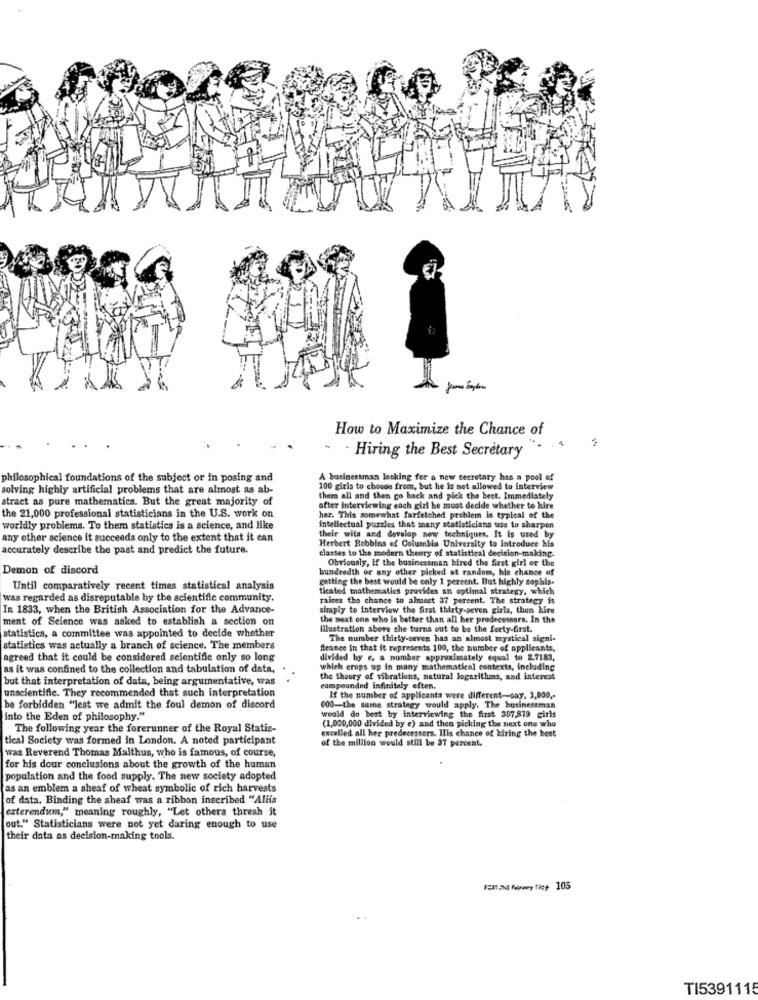
How to Maximize the Chance of
· Hiring the Best Secretary
philosophical foundations of the subject or in posing and
A businessman looking for a new secretary has a pool of
solving highly artificial problems that are almost as ab-
100 girls to choose from, but he is not allowed to interview
stract as pure mathematics. But the great majority of
them all and then go back and pick the best. Immediately
after interviewing each girl he must decide whether to hire
the 21,000 professional statisticians in the U.S. work on
her. This somewhat farfetched problem is typical of the
worldly problems. To them statistics is a science, and like
intellectual puzzles that many statisticians use to sharpen
any other science it succeeds only to the extent that it can
their wits and develop new techniques. It is used by
Herbert Robbins of Columbia University to introduce his
accurately describe the past and predict the future.
classes to the modern theory of statistical decision-making.
Obviously, if the businessman hired the first girl or the
Demon of discord
hundredth or any other picked at random, his chance of
atting the best would be only 1 percent. But highly sophis.
Until comparatively recent times statistical analysis
ticated mathematics provides an optimal strategy, which
was regarded as disreputable by the scientific community.
raises the chance to almost 37 percent. The strategy is
In 1833, when the British Association for the Advance-
simply to interview the first thirty-seven girls, then hire
ment of Science was asked to establish a section on
the next one who is better than all her predecessors. In the
illustration above she turns out to be the forty-first.
statistics, a committee was appointed to decide whether
The number thirty-seven has an almost mystical signi-
statistics was actually a branch of science. The members
france in that it represents 100, the number of applicants,
agreed that it could be considered scientific only so long
divided by e, a number approximately equal to 2.7183,
as it was confined to the collection and tabulation of data,
which crops up in many mathematical contexts, including
but that interpretation of data, being argumentative, was
the theory of vibrations, natural logarithms, and interest
unscientific. They recommended that such interpretation
compounded infinitely often.
If the number of applicants were different-say, 3,000 ,-
be forbidden "lest we admit the foul demon of discord
000-the sume strategy would apply. The businessman
into the Eden of philosophy."
would do best by interviewing the first 357,879 girls
(1,000,000 divided by e) and then picking the next one who
The following year the forerunner of the Royal Statis-
excelled all her predecessors. His chance of hiring the best
tical Society was formed in London. A noted participant
of the million would still be 37 percent.
was Reverend Thomas Malthus, who is famous, of course,
for his dour conclusions about the growth of the human
population and the food supply. The new society adopted
as an emblem a sheaf of wheat symbolic of rich harvests
of data. Binding the sheaf was a ribbon inscribed "Aliis
exterendum," meaning roughly, "Let others thresh it
out." Statisticians were not yet daring enough to use
their data as decision-making tools.
TI5391115